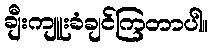
ချီးကျူးခံချင်ကြတာပါ။